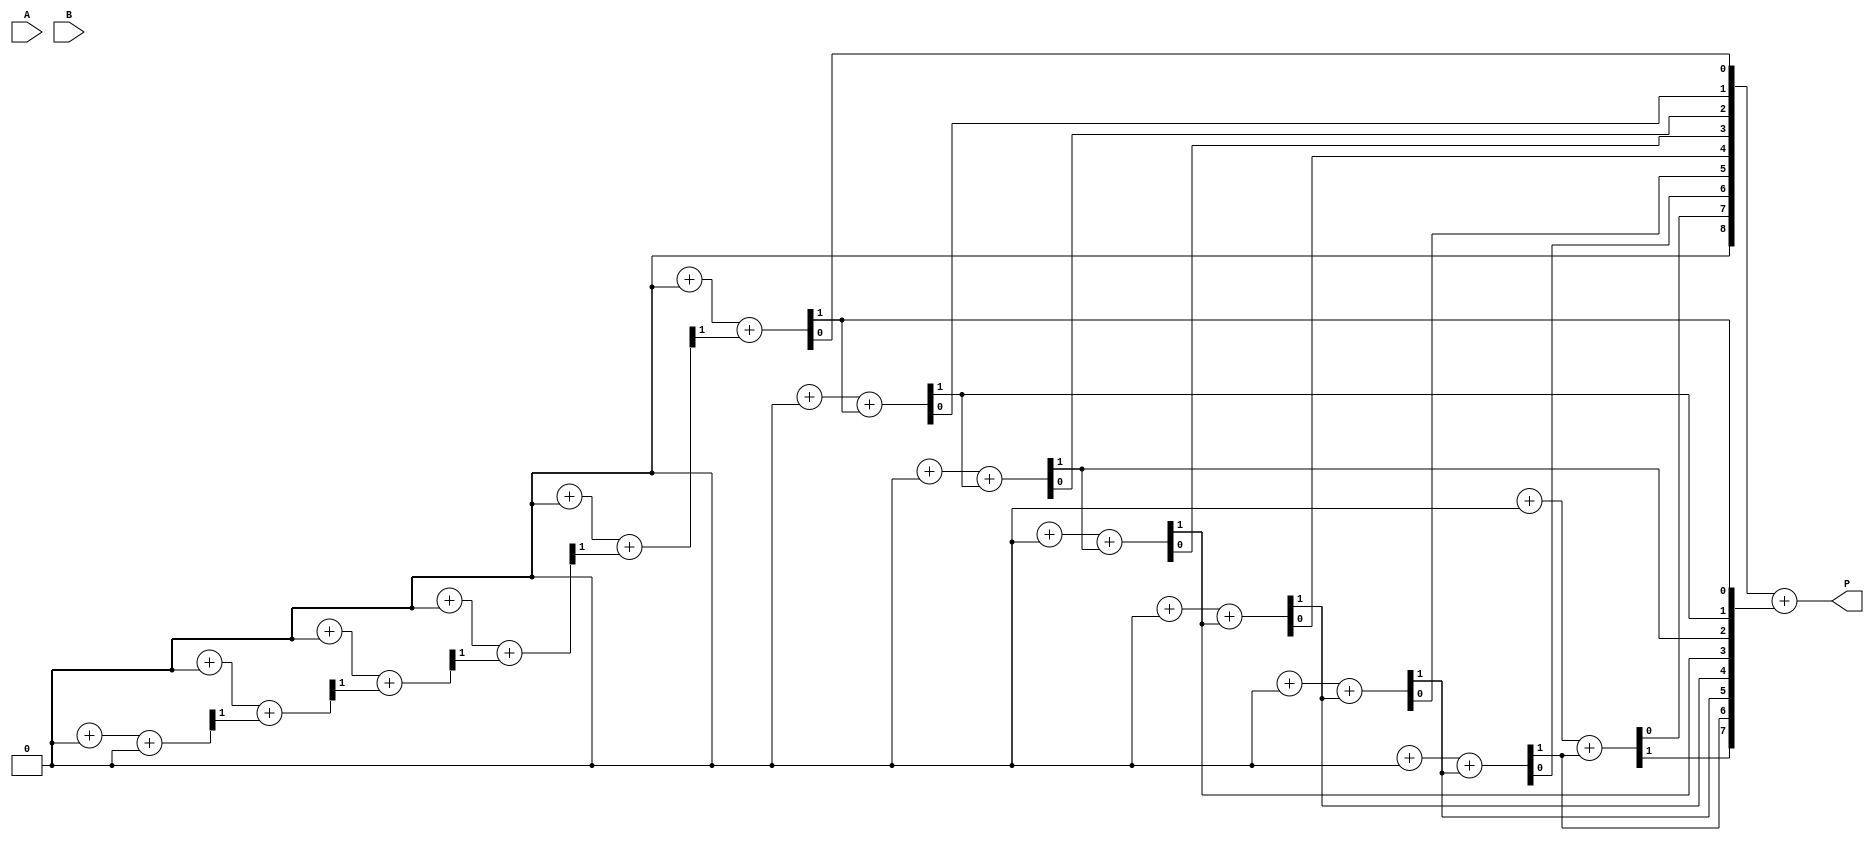
module wallace_tree_multiplier #(parameter N = 8) (
    input  [N-1:0] A,
    input  [N-1:0] B,
    output [2*N-1:0] P
);

    wire [N-1:0] pp [0:N-1]; // Partial products
    wire [2*N-1:0] sum [0:N-1]; // Sums at each level
    wire [N-1:0] carry [0:N-1]; // Carries at each level

    // Generate partial products
    genvar i, j;
    generate
        for (i = 0; i < N; i = i + 1) begin : partial_product_gen
            for (j = 0; j < N; j = j + 1) begin : pp_gen
                assign pp[i][j] = A[i] & B[j];
            end
        end
    endgenerate

    // Wallace tree reduction
    // Level 1: Combine partial products using half adders and full adders
    generate
        for (i = 0; i < N; i = i + 1) begin : reduction_level
            if (i == 0) begin
                assign sum[i] = {1'b0, pp[i]};
                assign carry[i] = {N{1'b0}};
            end else begin
                wire [N-1:0] a, b, c;
                assign a = sum[i-1][2*N-1:N]; // Previous sum
                assign b = {pp[i], {N{1'b0}}}; // Current partial product
                assign c = carry[i-1]; // Previous carry

                // Full adder for three inputs
                for (j = 0; j < N; j = j + 1) begin : full_adder
                    if (j == 0) begin
                        assign {carry[i][j], sum[i][j]} = a[j] + b[j] + c[j];
                    end else begin
                        assign {carry[i][j], sum[i][j]} = a[j] + b[j] + carry[i][j-1];
                    end
                end
            end
        end
    endgenerate

    // Final addition
    wire [2*N-1:0] final_sum;
    wire [N-1:0] final_carry;

    assign final_sum = sum[N-1];
    assign final_carry = carry[N-1];

    // Final output
    assign P = final_sum + final_carry;

endmodule